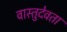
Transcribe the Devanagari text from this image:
वास्तुदेवता